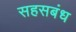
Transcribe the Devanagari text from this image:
सहसबंध